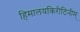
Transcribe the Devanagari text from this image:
हिमालयकिरीटिनीम्